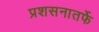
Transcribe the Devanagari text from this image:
प्रशसनातर्फे